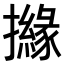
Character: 𢷻